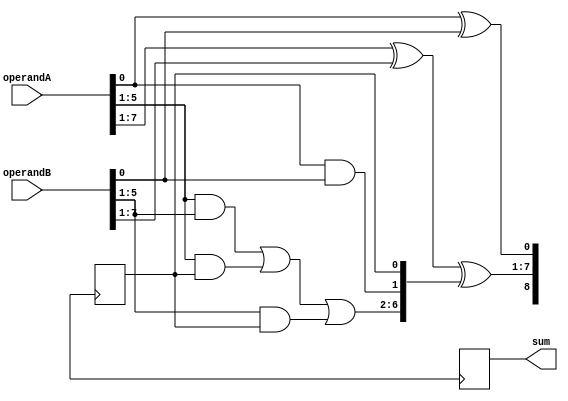
module CarrySkipLookAheadAdder (
    input wire [7:0] operandA,
    input wire [7:0] operandB,
    output reg [8:0] sum
);

reg [8:0] sum_temp;
reg carry;
reg [7:0] carry_in;

always @(*) begin
    carry_in[0] = 1'b0;
    carry_in[1] = carry;
    carry_in[2] = operandA[0] & operandB[0];
    carry_in[3:7] = (operandA[1:7] & operandB[1:7]) | (operandA[1:7] & carry) | (operandB[1:7] & carry) ;
    
    sum_temp[0] = operandA[0] ^ operandB[0];
    sum_temp[1:7] = operandA[1:7] ^ operandB[1:7] ^ carry_in[1:7];
    sum_temp[8] = carry_in[8];
end

always @(posedge clock) begin
    sum <= sum_temp;
    carry <= carry_in[8];
end

endmodule